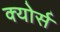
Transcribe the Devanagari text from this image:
क्योर्स